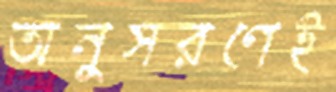
অনুসরণেই